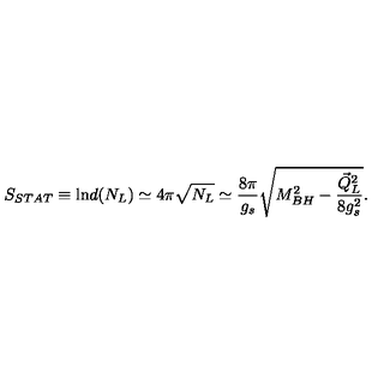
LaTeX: S _ { S T A T } \equiv \mathrm { l n } d ( N _ { L } ) \simeq 4 \pi \sqrt { N _ { L } } \simeq { \frac { 8 \pi } { g _ { s } } } \sqrt { M _ { B H } ^ { 2 } - { \frac { \vec { Q } _ { L } ^ { 2 } } { 8 g _ { s } ^ { 2 } } } } .